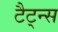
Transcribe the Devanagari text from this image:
टैट्न्स